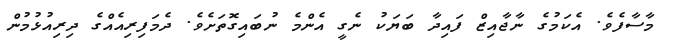
މާސާފެވެ. އެކަމުގެ ނާޖާއިޒް ފައިދާ ބަޔަކު ނެގީ އެންމެ ނުބައިގޮތަށެވެ. ދެމަފިރިއެއްގެ ދިރިއުޅުމުން